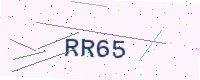
Text: RR65